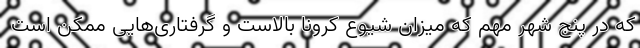
که در پنج شهر مهم که میزان شیوع کرونا بالاست و گرفتاری‌هایی ممکن است